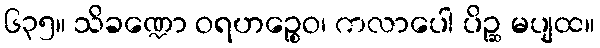
၆၃၅။ သိခဏ္ဍော ဝရဟဉ္စေဝ၊ ကလာပေါ ပိဉ္ဆ မပျထ။